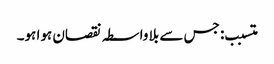
متسبب: جس سے بلا واسطہ نقصان ہوا ہو۔